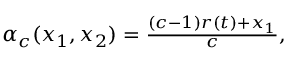
\begin{array} { r } { \alpha _ { c } ( x _ { 1 } , x _ { 2 } ) = \frac { ( c - 1 ) r ( t ) + x _ { 1 } } { c } , } \end{array}